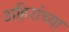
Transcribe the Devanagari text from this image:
अहिरांच्या